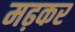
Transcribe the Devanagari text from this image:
मढ़कर